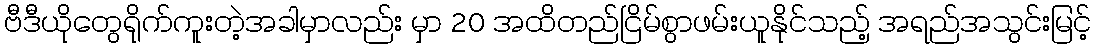
ဗီဒီယိုတွေရိုက်ကူးတဲ့အခါမှာလည်း မှာ 20 အထိတည်ငြိမ်စွာဖမ်းယူနိုင်သည့် အရည်အသွင်းမြင့်